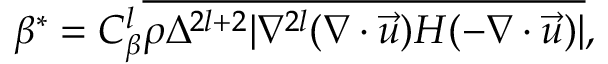
\beta ^ { * } = { C } _ { \beta } ^ { l } \overline { { \rho \Delta ^ { 2 l + 2 } | \nabla ^ { 2 l } ( \nabla \cdot \vec { u } ) H ( - \nabla \cdot \vec { u } ) | } } ,